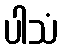
ပါသံ